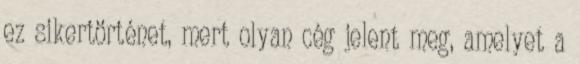
ez sikertörténet, mert olyan cég jelent meg, amelyet a